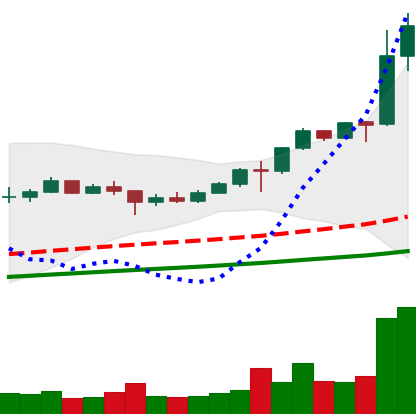
Ticker: LINK-USD
Chart end date: 2020-08-09
Forward return: 22.184%
Label: up_7plus